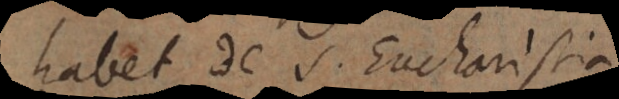
habet de S. Eucharistia,